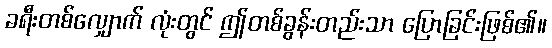
ခရီးတစ်လျှောက် လုံးတွင် ဤတစ်ခွန်းတည်းသာ ပြောခြင်းဖြစ်၏။